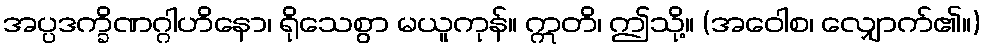
အပ္ပဒက္ခိဏဂ္ဂါဟိနော၊ ရိုသေစွာ မယူကုန်။ ဣတိ၊ ဤသို့။ (အဝေါစ၊ လျှောက်၏။)